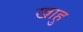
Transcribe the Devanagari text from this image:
खाहु